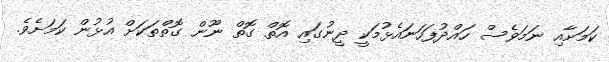
ކަމަށާއި ނަމަވެސް ހައްދުފަހަނައެޅުމަކީ ދީނުގައި އޮތް ގޮތް ނޫން ގޮތްތަކަށް އުޅުން ކަމަށެވެ.